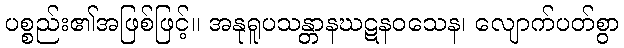
ပစ္စည်း၏အဖြစ်ဖြင့်။ အနုရူပသန္တာနဃဋနဝသေန၊ လျောက်ပတ်စွာ